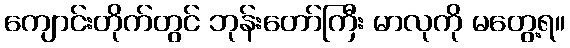
ကျောင်းတိုက်တွင် ဘုန်းတော်ကြီး မာလုကို မတွေ့ရ။